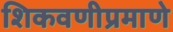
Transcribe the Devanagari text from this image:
शिकवणीप्रमाणे